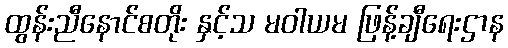
ထွန်းညီနောင်စတိုး နှင့်သ မဝါယမ ဖြန့်ချီရေးဌာန